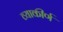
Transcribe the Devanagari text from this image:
व्याकीर्ण